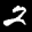
Label: 2